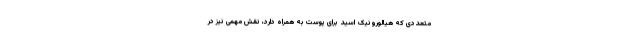
متعددی که هیالورونیک اسید برای پوست به همراه دارد، نقش مهمی نیز در